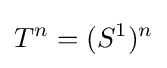
T^{n}=(S^{1})^{n}